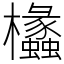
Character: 欚